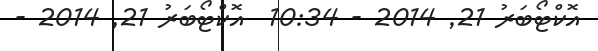
އޮކްޓޯބަރު 21